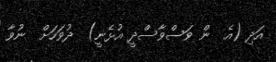
އަދި (އެ  ން ވަސްވާސްދީ އުޅެނީ)  ދުވަހަށް  ނުވާ